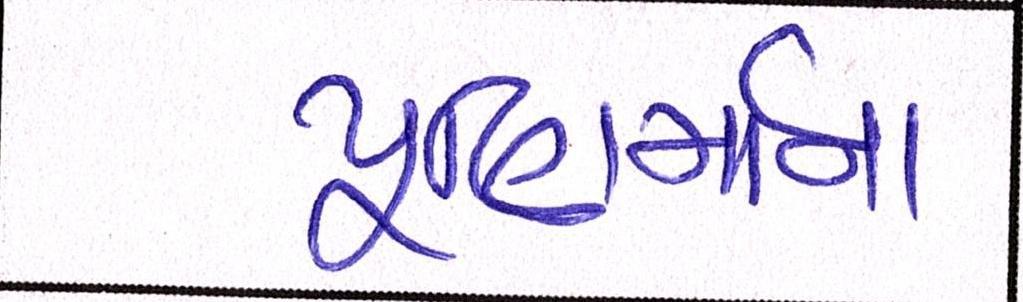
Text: પૂણિર્માના